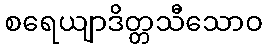
စရေယျာဒိတ္တသီသောဝ